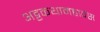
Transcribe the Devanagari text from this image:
अट्टकथामहावंस